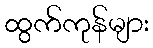
ထွက်ကုန်များ